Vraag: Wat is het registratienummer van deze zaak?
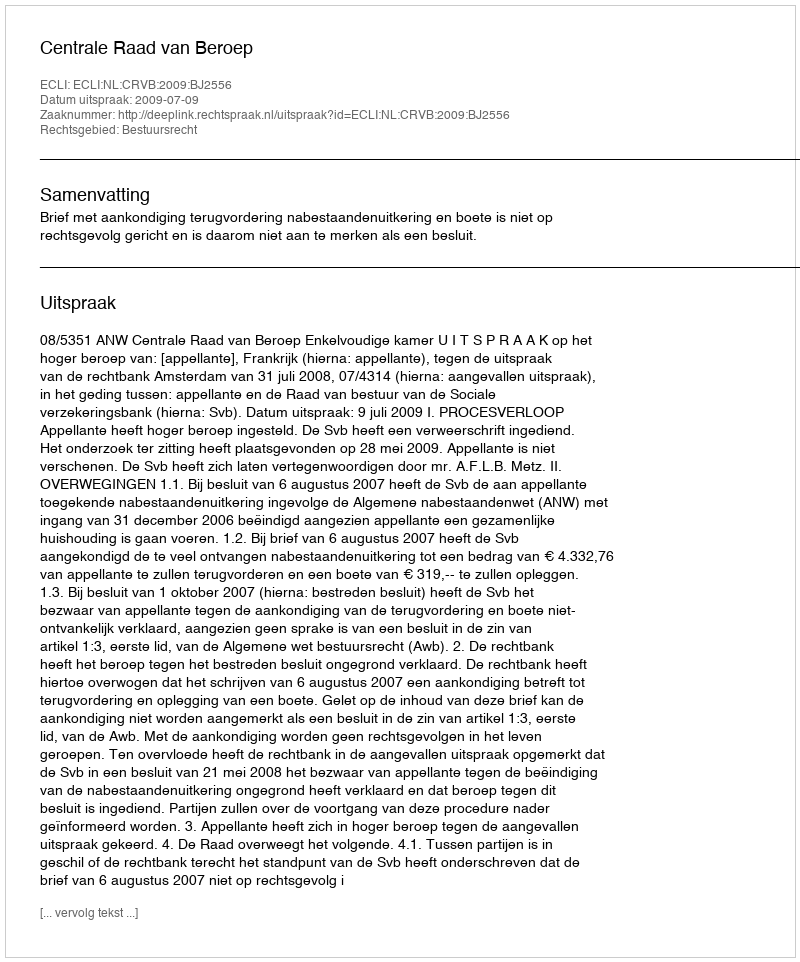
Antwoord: http://deeplink.rechtspraak.nl/uitspraak?id=ECLI:NL:CRVB:2009:BJ2556